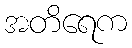
အတိရေက